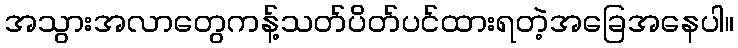
အသွားအလာတွေကန့်သတ်ပိတ်ပင်ထားရတဲ့အခြေအနေပါ။